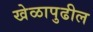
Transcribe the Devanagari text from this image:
खेळापुढील